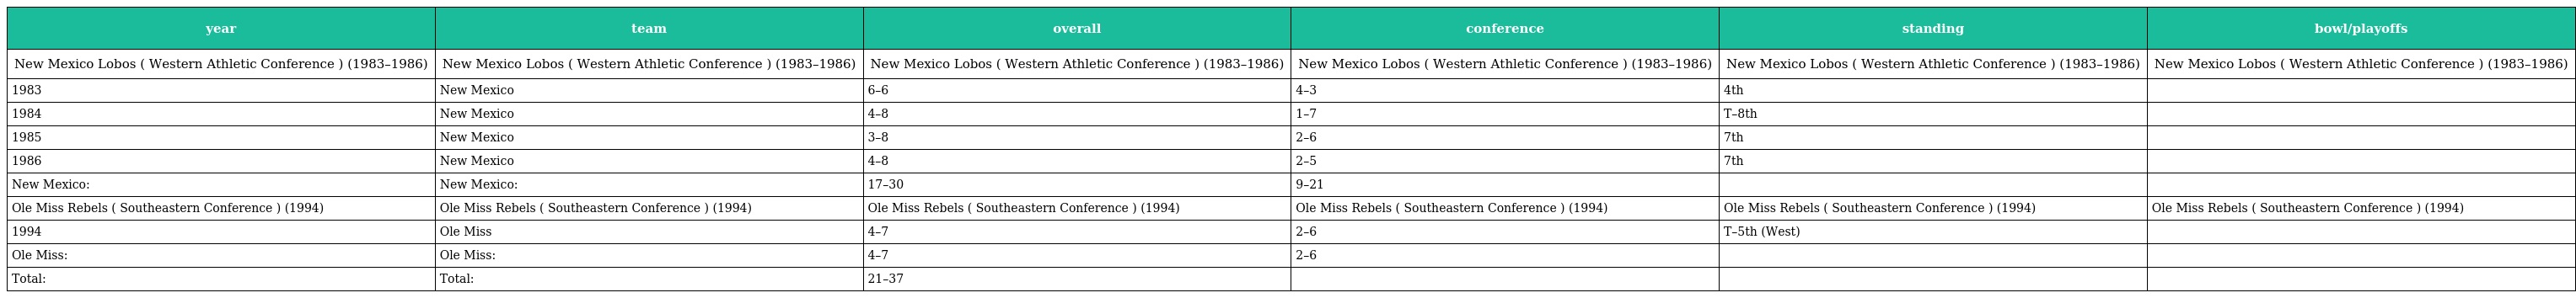
| year | team | overall | conference | standing | bowl/playoffs |
 | --- | --- | --- | --- | --- | --- |
 | New Mexico Lobos ( Western Athletic Conference ) (1983–1986) | New Mexico Lobos ( Western Athletic Conference ) (1983–1986) | New Mexico Lobos ( Western Athletic Conference ) (1983–1986) | New Mexico Lobos ( Western Athletic Conference ) (1983–1986) | New Mexico Lobos ( Western Athletic Conference ) (1983–1986) | New Mexico Lobos ( Western Athletic Conference ) (1983–1986) |
 | 1983 | New Mexico | 6–6 | 4–3 | 4th |  |
 | 1984 | New Mexico | 4–8 | 1–7 | T–8th |  |
 | 1985 | New Mexico | 3–8 | 2–6 | 7th |  |
 | 1986 | New Mexico | 4–8 | 2–5 | 7th |  |
 | New Mexico: | New Mexico: | 17–30 | 9–21 |  |  |
 | Ole Miss Rebels ( Southeastern Conference ) (1994) | Ole Miss Rebels ( Southeastern Conference ) (1994) | Ole Miss Rebels ( Southeastern Conference ) (1994) | Ole Miss Rebels ( Southeastern Conference ) (1994) | Ole Miss Rebels ( Southeastern Conference ) (1994) | Ole Miss Rebels ( Southeastern Conference ) (1994) |
 | 1994 | Ole Miss | 4–7 | 2–6 | T–5th (West) |  |
 | Ole Miss: | Ole Miss: | 4–7 | 2–6 |  |  |
 | Total: | Total: | 21–37 |  |  |  |